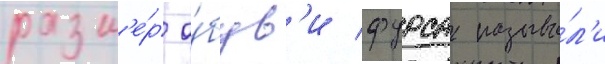
разм'е́р о́був'и фурса называ́л'и